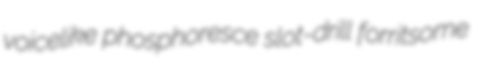
voicelike phosphoresce slot-drill forritsome